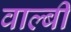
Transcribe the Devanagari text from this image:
वाल्बी